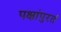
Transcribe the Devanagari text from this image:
पक्षांपुरतं